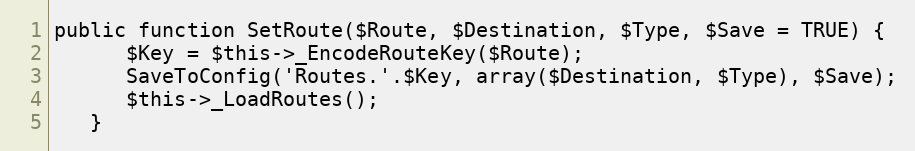
Language: PHP
public function SetRoute($Route, $Destination, $Type, $Save = TRUE) {
      $Key = $this->_EncodeRouteKey($Route);
      SaveToConfig('Routes.'.$Key, array($Destination, $Type), $Save);
      $this->_LoadRoutes();
   }